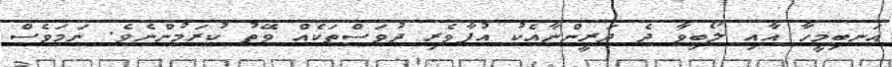
އަނބިމީހާ އާއި ލޯބިވާ ދެ ދަރީންނާއެކު އުފާވެރި ދުވަސްތަކެއް ވޭތު ކުރަމުންނެވެ. ނަމަވެސް